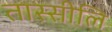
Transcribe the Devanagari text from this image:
तास्सीलि